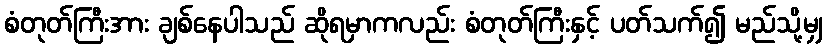
စံတုတ်ကြီးအား ချစ်နေပါသည် ဆိုရမှာကလည်း စံတုတ်ကြီးနှင့် ပတ်သက်၍ မည်သို့မျှ